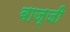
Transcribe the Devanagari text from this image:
बाज्जी